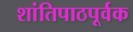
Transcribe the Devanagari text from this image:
शांतिपाठपूर्वक